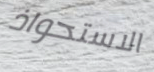
الاستحواذ